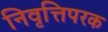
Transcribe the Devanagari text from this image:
निवृत्तिपरक